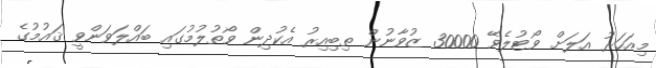
މިއަހަރު އަލަށް ވޯޓުލެވޭ 30000 ޒުވާނުން ތިބިއިރު އެކުދިން ވޯތުލުމުގައި ބައްލަވަންވީ ޤައުމުގެ